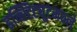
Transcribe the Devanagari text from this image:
इन्स्टिट्यूटमधले